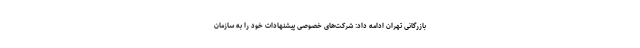
بازرگانی تهران ادامه داد: شرکت‌های خصوصی پیشنهادات خود را به سازمان